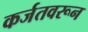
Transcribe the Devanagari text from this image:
कर्जतवरून